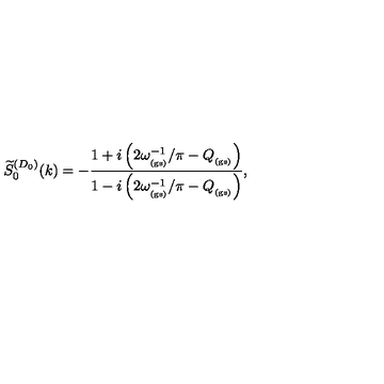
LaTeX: \widetilde { S } _ { 0 } ^ { ( D _ { 0 } ) } ( k ) = - \frac { 1 + i \left( 2 \omega _ { _ \mathrm { ( g s ) } } ^ { - 1 } / \pi - Q _ { _ \mathrm { ( g s ) } } \right) } { 1 - i \left( 2 \omega _ { _ \mathrm { ( g s ) } } ^ { - 1 } / \pi - Q _ { _ \mathrm { ( g s ) } } \right) } ,